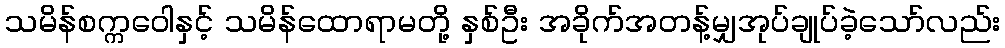
သမိန်စက္ကဝေါနှင့် သမိန်ထောရာမတို့ နှစ်ဦး အခိုက်အတန့်မျှအုပ်ချုပ်ခဲ့သော်လည်း